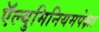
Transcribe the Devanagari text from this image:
ऍल्युमिनियमपेक्षा